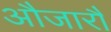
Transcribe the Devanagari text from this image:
औजारौं